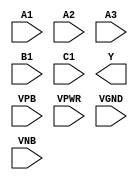
module sky130_fd_sc_hd__a311oi (
    //# {{data|Data Signals}}
    input  A1  ,
    input  A2  ,
    input  A3  ,
    input  B1  ,
    input  C1  ,
    output Y   ,

    //# {{power|Power}}
    input  VPB ,
    input  VPWR,
    input  VGND,
    input  VNB
);
endmodule